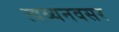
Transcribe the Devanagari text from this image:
त्वय्यनवसर